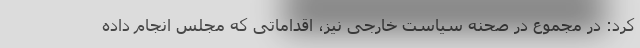
کرد: در مجموع در صحنه سیاست خارجی نیز، اقداماتی که مجلس انجام داده